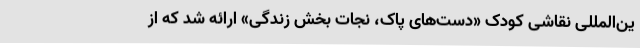
ین‌المللی نقاشی کودک «دست‌های پاک، نجات بخش زندگی» ارائه شد که از